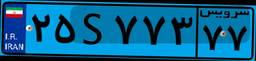
۲۵S۷۷۳۷۷